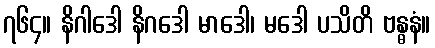
၇၆၄။ နိဂါဒေါ နိဂဒေါ မာဒေါ၊ မဒေါ ပသိတိ ဗန္ဓနံ။